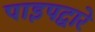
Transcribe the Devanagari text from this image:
पाइपद्वारे